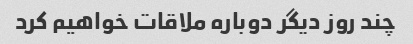
چند روز دیگر دوباره ملاقات خواهیم کرد